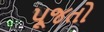
પૂજતો